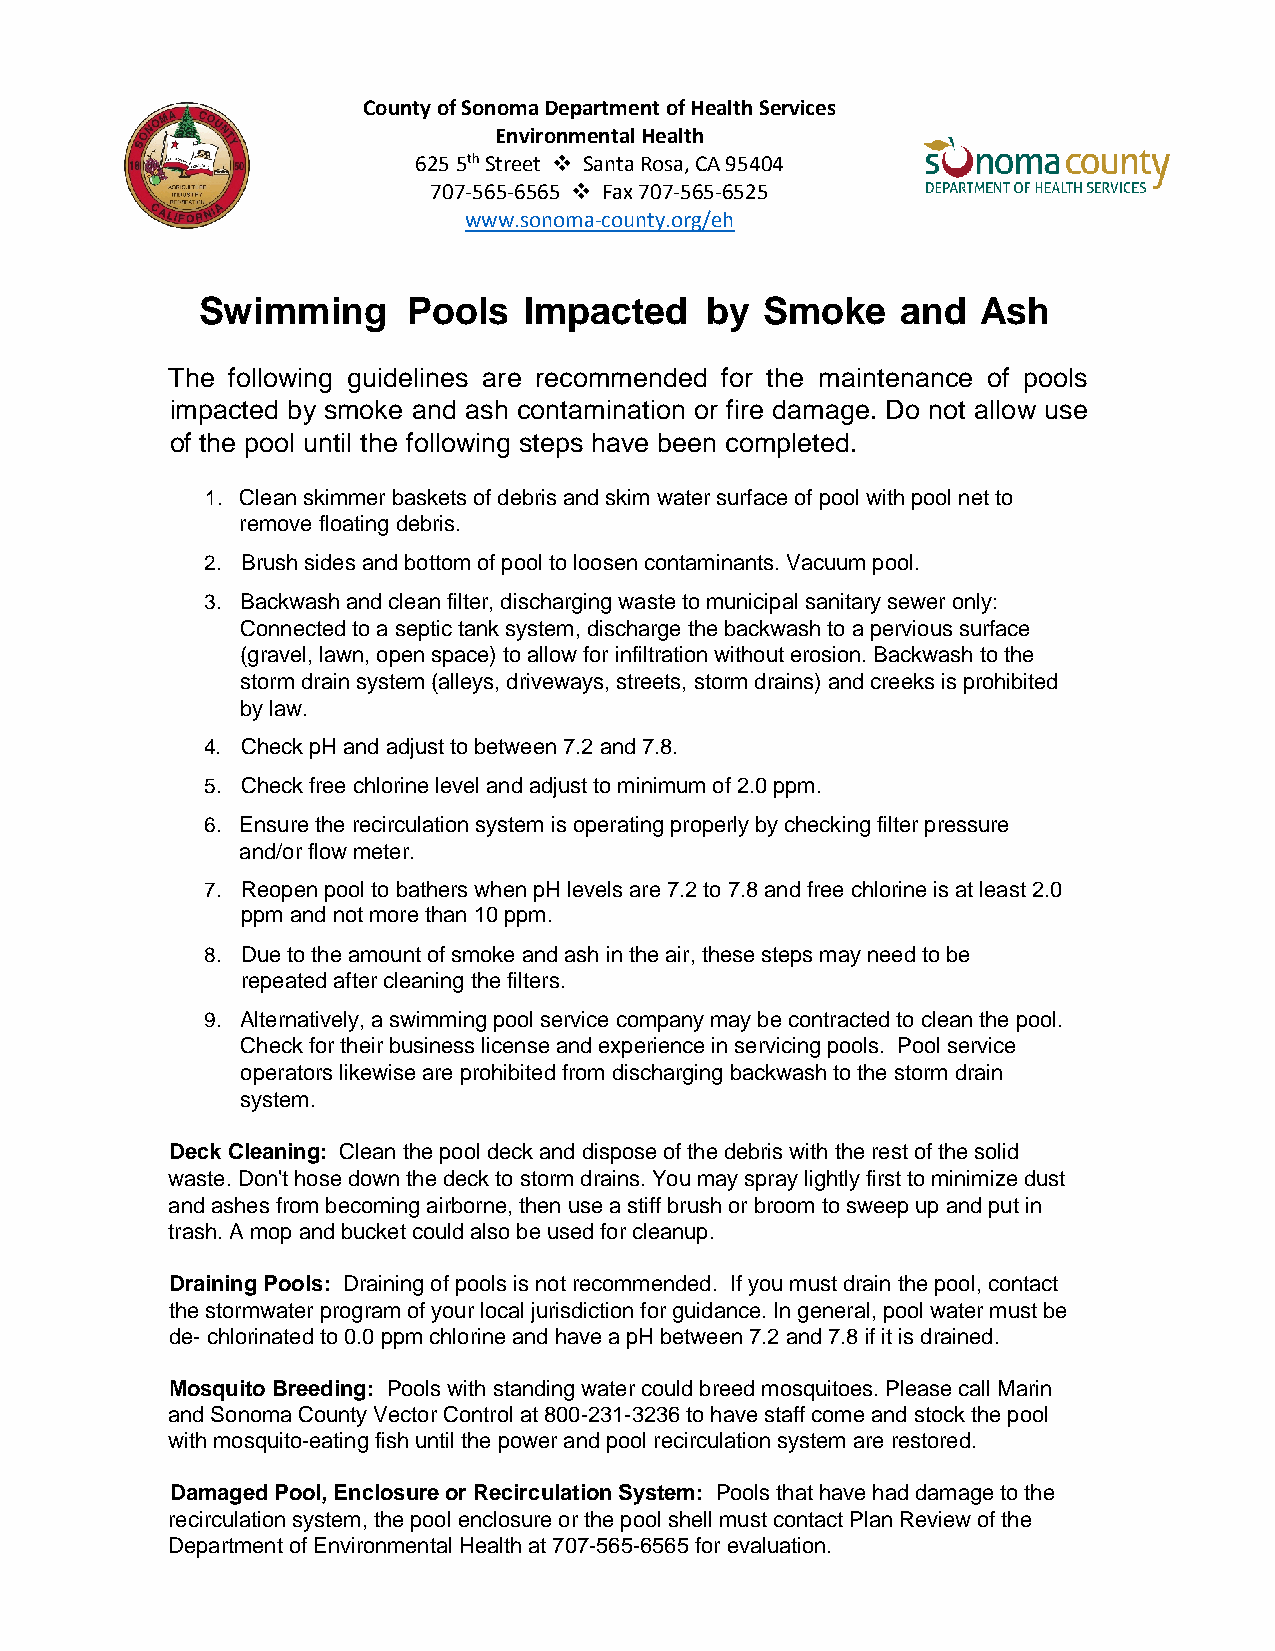
County of Sonoma Department of Health Services
 Environmental Health
 625 5th Street  Santa Rosa, CA 95404
 707-565-6565  Fax 707-565-6525
 www.sonoma-county.org/eh
 Swimming      Pools   Impacted    by Smoke     and  Ash
 The following guidelines are recommended for the maintenance of pools
 impacted by smoke and ash contamination or fire damage. Do not allow use
 of the pool until the following steps have been completed.
 1. Clean skimmer baskets of debris and skim water surface of pool with pool net to
 remove floating debris.
 2. Brush sides and bottom of pool to loosen contaminants. Vacuum pool.
 3. Backwash and clean filter, discharging waste to municipal sanitary sewer only:
 Connected to a septic tank system, discharge the backwash to a pervious surface
 (gravel, lawn, open space) to allow for infiltration without erosion. Backwash to the
 storm drain system (alleys, driveways, streets, storm drains) and creeks is prohibited
 by law.
 4. Check pH and adjust to between 7.2 and 7.8.
 5. Check free chlorine level and adjust to minimum of 2.0 ppm.
 6. Ensure the recirculation system is operating properly by checking filter pressure
 and/or flow meter.
 7. Reopen pool to bathers when pH levels are 7.2 to 7.8 and free chlorine is at least 2.0
 ppm and not more than 10 ppm.
 8. Due to the amount of smoke and ash in the air, these steps may need to be
 repeated after cleaning the filters.
 9. Alternatively, a swimming pool service company may be contracted to clean the pool.
 Check for their business license and experience in servicing pools. Pool service
 operators likewise are prohibited from discharging backwash to the storm drain
 system.
 Deck Cleaning: Clean the pool deck and dispose of the debris with the rest of the solid
 waste. Don't hose down the deck to storm drains. You may spray lightly first to minimize dust
 and ashes from becoming airborne, then use a stiff brush or broom to sweep up and put in
 trash. A mop and bucket could also be used for cleanup.
 Draining Pools: Draining of pools is not recommended. If you must drain the pool, contact
 the stormwater program of your local jurisdiction for guidance. In general, pool water must be
 de- chlorinated to 0.0 ppm chlorine and have a pH between 7.2 and 7.8 if it is drained.
 Mosquito Breeding: Pools with standing water could breed mosquitoes. Please call Marin
 and Sonoma County Vector Control at 800-231-3236 to have staff come and stock the pool
 with mosquito-eating fish until the power and pool recirculation system are restored.
 Damaged Pool, Enclosure or Recirculation System: Pools that have had damage to the
 recirculation system, the pool enclosure or the pool shell must contact Plan Review of the
 Department of Environmental Health at 707-565-6565 for evaluation.